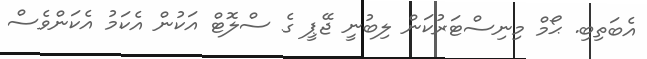
އެބަތިބި. ޙޯމް މިނިސްޓަރުކަން ލިބުނީ ޖޭޕީ ގެ ސްލޮޓް އަކުން އެކަމު އެކަންވެސް